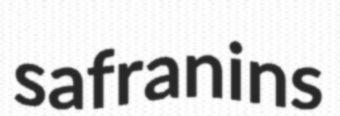
safranins